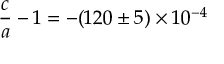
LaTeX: { \frac { c } { a } } - 1 = - ( 1 2 0 \pm 5 ) \times 1 0 ^ { - 4 }